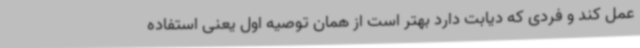
عمل کند و فردی که دیابت دارد بهتر است از همان توصیه اول یعنی استفاده